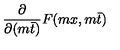
\frac { \partial } { \partial ( m \bar { t } ) } F ( m x , m \bar { t } )